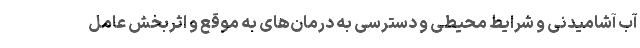
آب آشامیدنی و شرایط محیطی و دسترسی به درمان‌های به موقع و اثربخش عامل